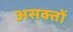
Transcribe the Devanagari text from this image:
असक्तों